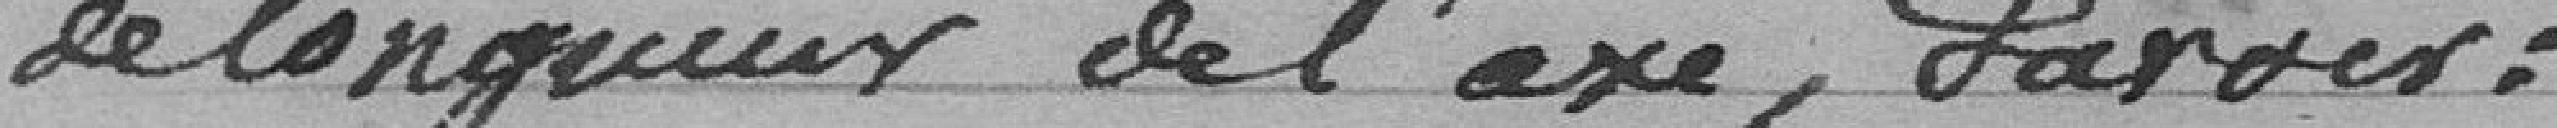
de longueurs de l'axe, ?